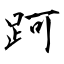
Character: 跒